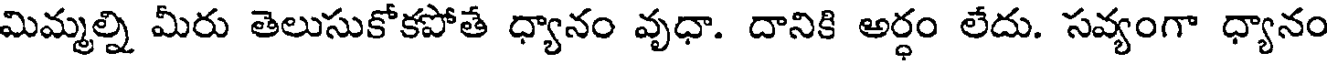
మిమ్మల్ని మీరు తెలుసుకోకపోతే ధ్యానం వృధా. దానికి అర్ధం లేదు. సవ్యంగా ధ్యానం